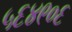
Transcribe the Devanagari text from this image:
५६४९०६